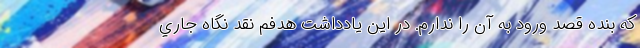
كه بنده قصد ورود به آن را ندارم. در اين يادداشت هدفم نقد نگاه جاري